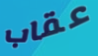
عقاب